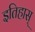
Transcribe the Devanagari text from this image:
इतिहास्